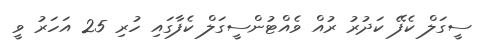
ސީގަލް ކެފޭ ކަދުރު ރުއް ވެއްޓުންސީގަލް ކެފާގައި ހުރި 25 އަހަރު ވީ